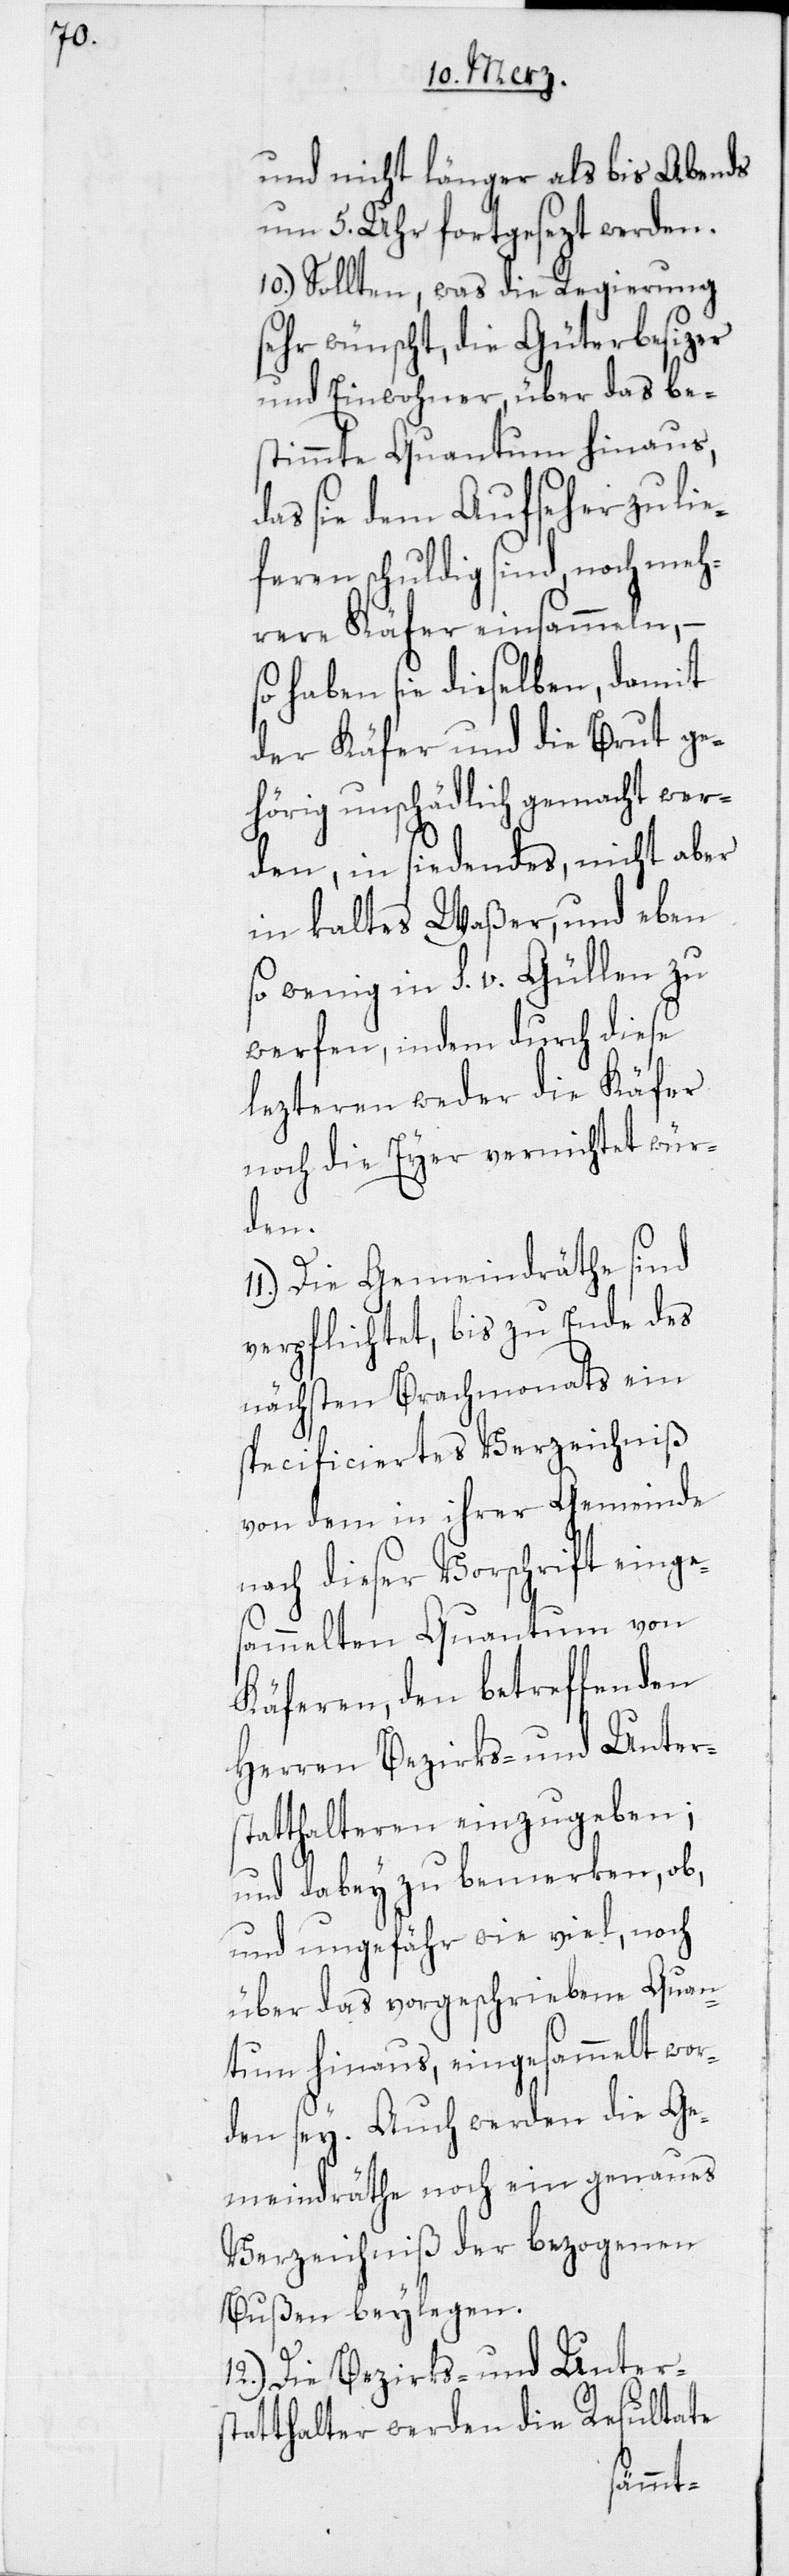
und nicht länger als bis Abends
um 5. Uhr fortgesezt werden.
10.) Sollten, was die Regierung
sehr wünscht, die Güterbesizer
und Einwohner, über das be¬
stimmte Quantum hinaus,
das sie dem Aufseher zu li¬
eferen schuldig sind, noch meh¬
rere Käfer einsammeln, –
so haben sie dieselben, damit
der Käfer und die Brut ge¬
hörig unschädlich gemacht wer¬
den, in siedendes, nicht aber
in kaltes Waßer, und eben
so wenig in s. v. Güllen zu
werfen, indem durch diese
lezteren weder die Käfer
noch die Eyer vernichtet wür¬
den.
Die Gemeindräthe sind
verpflichtet, bis zu Ende des
nächsten Brachmonats ein
specificiertes Verzeichniß
von dem in ihrer Gemeinde
nach dieser Vorschrift einge¬
sammelten Quantum von
Käferen, den betreffenden
Herren Bezirks- und Unt¬
genen
tatthalteren einzu¬
und dabey zu bemer¬
wor¬
und ungefähr wie vi¬
über das vorgesch¬
tum hinaus, eingesamm¬
den sey. Auch werden die Ge¬
meindräthe noch ein genaues
Verzeichniß der bezo¬
Bußen beylegen.
12.) Die Bezirks- und Unter¬
statthalter werden die Resultate